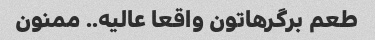
طعم برگرهاتون واقعا عالیه.. ممنون